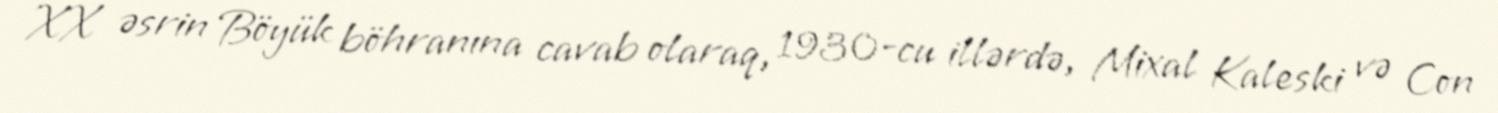
XX əsrin Böyük böhranına cavab olaraq, 1930-cu illərdə, Mixal Kaleski və Con